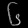
Digit: ၆